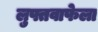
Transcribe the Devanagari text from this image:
लुफ्तवाफेला